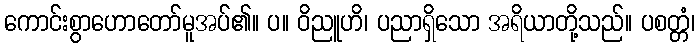
ကောင်းစွာဟောတော်မူအပ်၏။ ပ။ ဝိညူဟိ၊ ပညာရှိသော အရိယာတို့သည်။ ပစတ္တံ၊